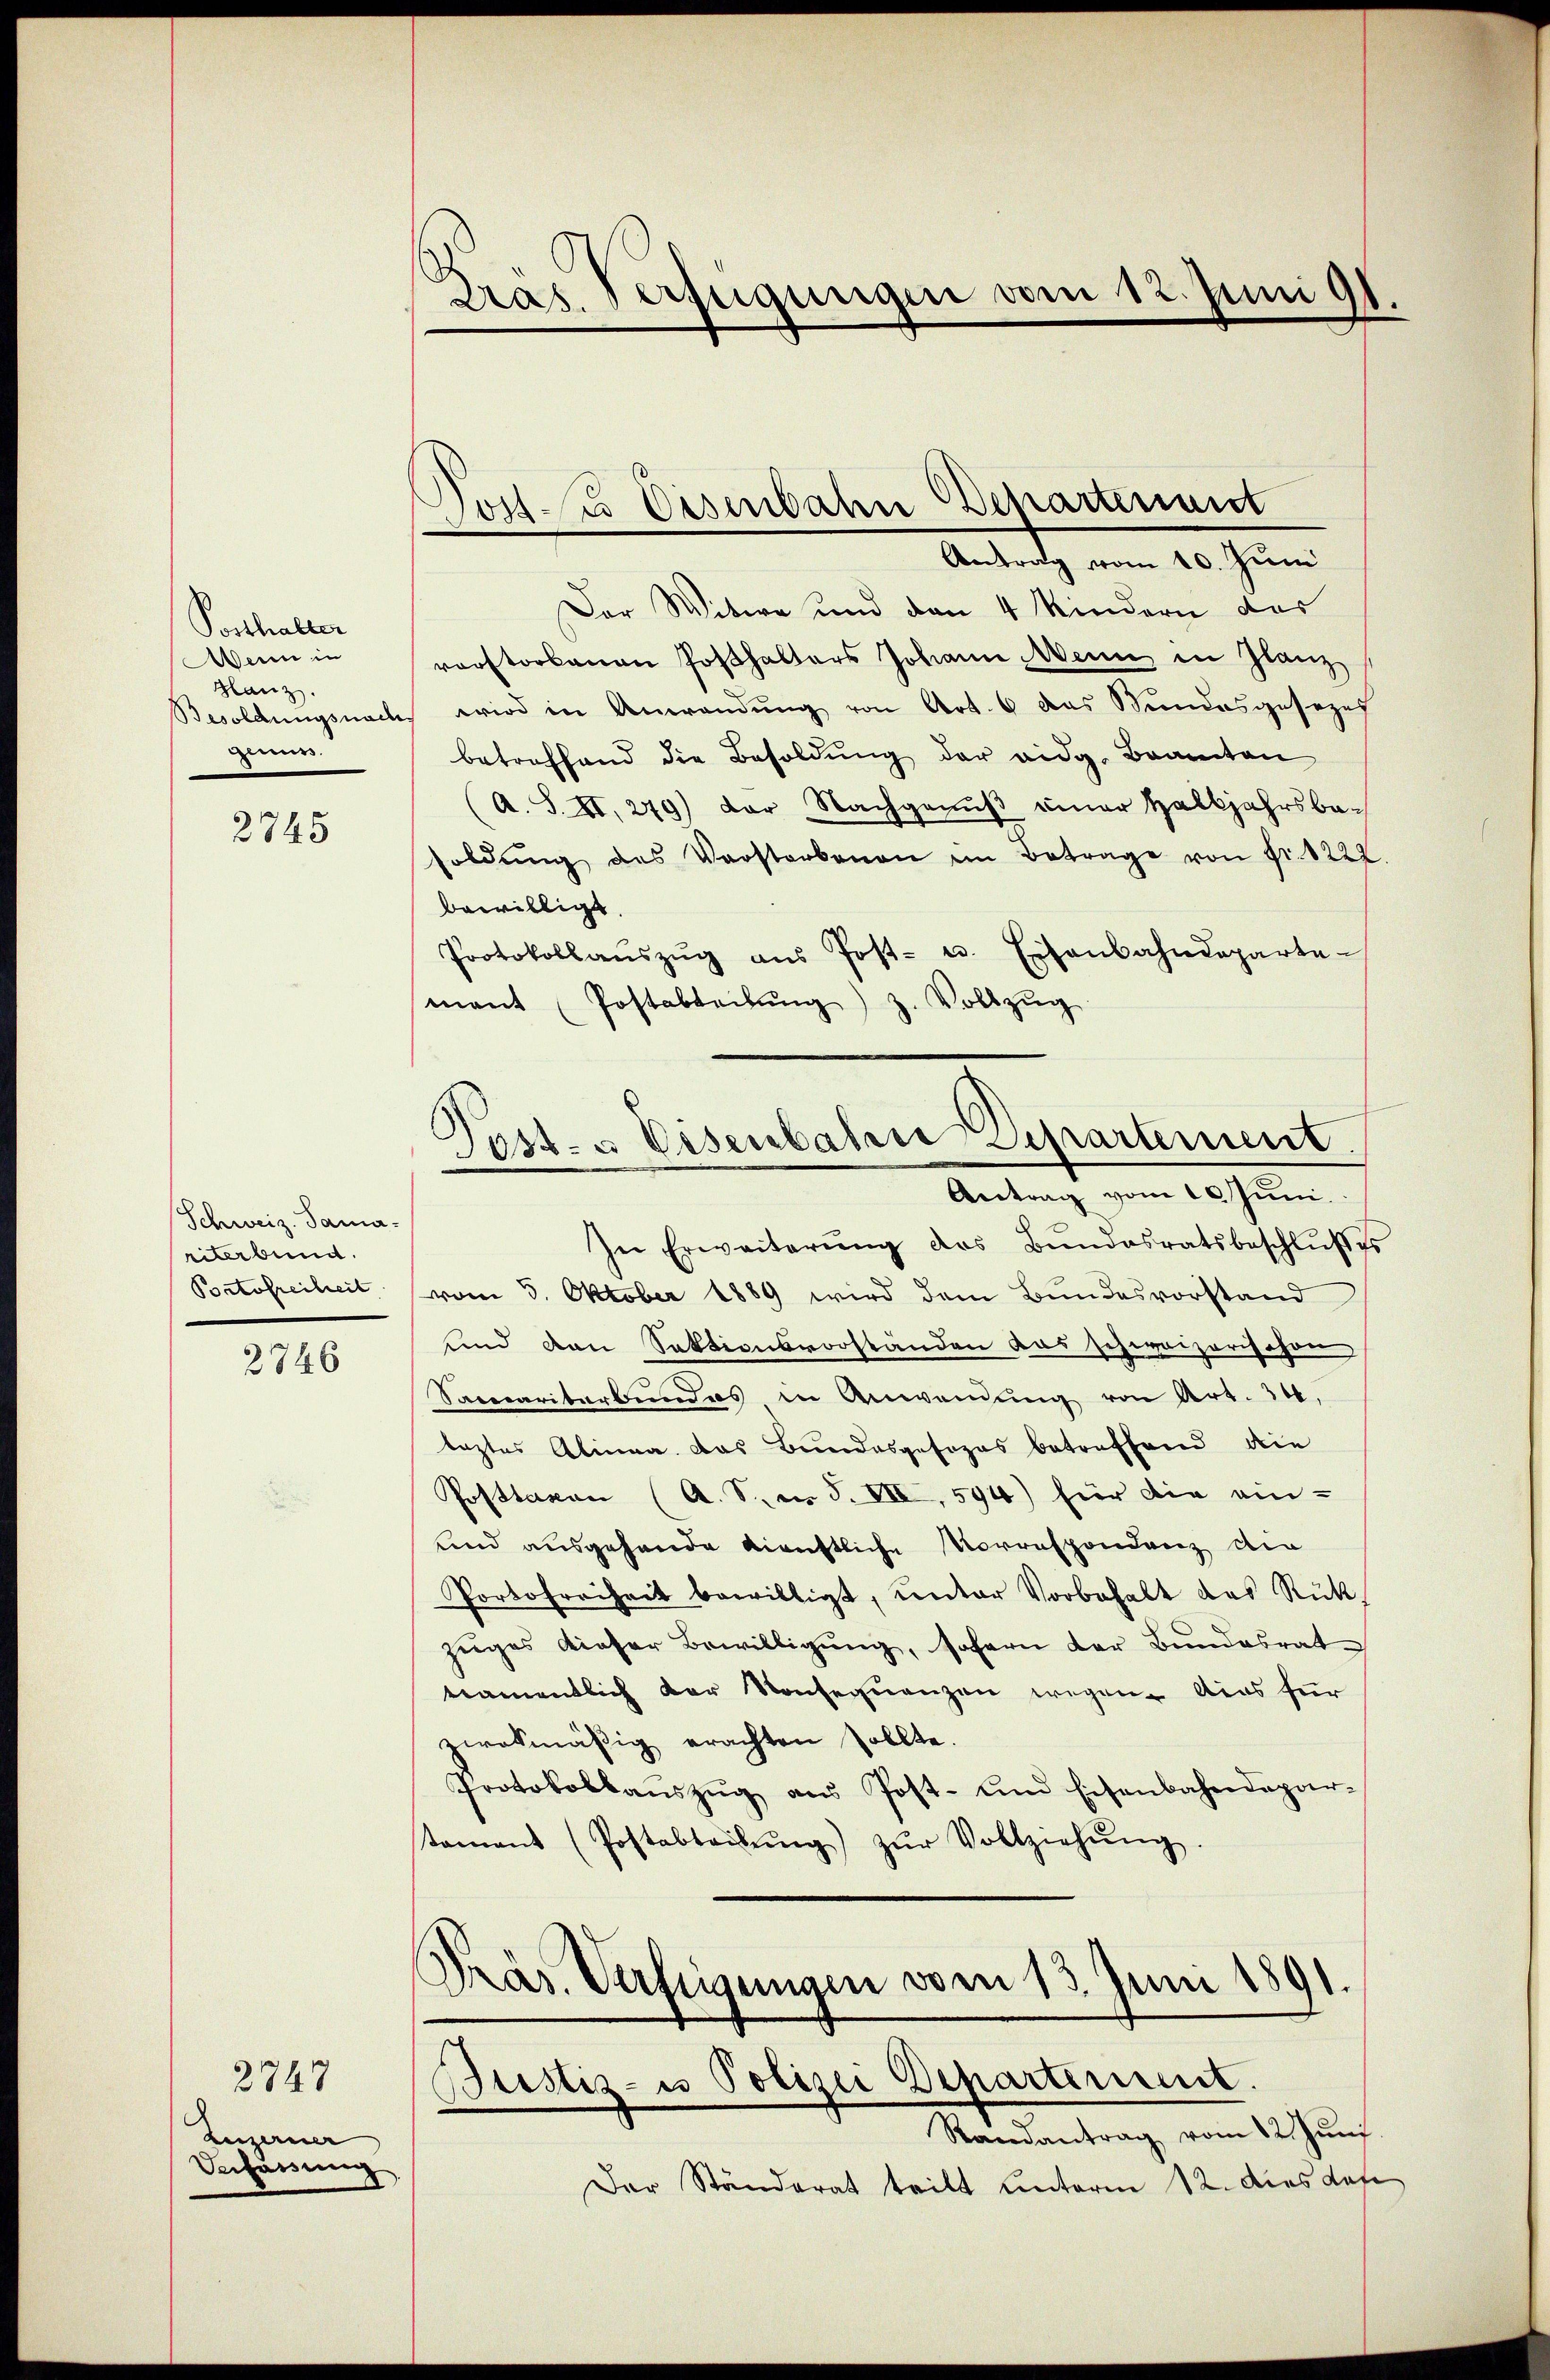
Posthalter
Wenn in
Hanz.
Besoldungsnach
geurs.

2745

Schweiz. Sama-
riterbund.
Bortofreiheit

2746

2749
Zeizerner
Dechauung

Pras. Verfügungen vom 12. Juni 191

Josts Disenbahn Departenant
Antrag vom 10. Juni

Post- u. Eisenbahre Separtement.
Antrag vom 10. Juni.

Der Witwe und den 4 Kindern das
vorstorbenen Posthalters Johann Mein in Glanz
wird in Anwendŭng von Art. 6 das Stundesgesezes
betreffend die Besoldŭng der eidg. Branten
(A. S. II., 249) der Nachgenŭβ einer Halbjahrsbe-
soldŭng des Verstorbenen im Betrage von Fr. 1222
bewilligt.
Protokollaŭszŭg ans Post- u. Eisenbahndeparte-
mant (Postabteilŭng z. Vollzŭg
In Erweiterŭng des Bŭndesratsbeschlŭβes
vom 5. Oktober 1889 wird dem Bundesvorstand
und den Sektionsvorstanden das schweizerischen
Sacecariterbundes in Anwendung von Art. 304,
leztes Alinea das Bundesgesezes betreffend die
Posttaxen (A. S. i S. VII, 594) für die ein-
und ausgehande dienstliche Vorrespondenz die
Portofreiheit bewilligt, ŭnter Vorbehalt das Rück-
zuges dieser Bewilligung, sofern der Bundesrat
tnamentlich der Konsequenzen wegen dies für
zwokmäßig erachten sollte.
Protokollaŭszŭg aŭs Post- und Eisenbahndepar-
tament (Postabteilŭng) zŭr Vollziehŭng.
Präs. Verfügungen vom 13. Juni 1891
Bustiz- u Polizei Departement.
Randantrag vom 12. Jŭni.
Der Ständerat teilt unterm 12. Dies daf